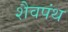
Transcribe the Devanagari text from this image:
शैवपंथ